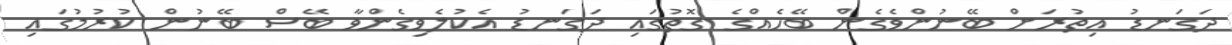
ދަގަނޑު އިތުރަށް ބޭނުންވެގެން ބޭހެއްގެ ގޮތުގައި ދަގަނޑު އެކުލެވިގެންވާ ބޭސް ބޭނުން ކުރުމުގައި